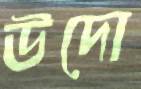
উদো